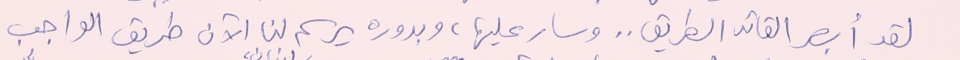
لقد أبصر القائد الطريق.. وسار عليها، وبدوره يرسم لنا الآن طريق الواجب